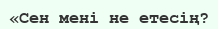
«Сен мені не етесің?